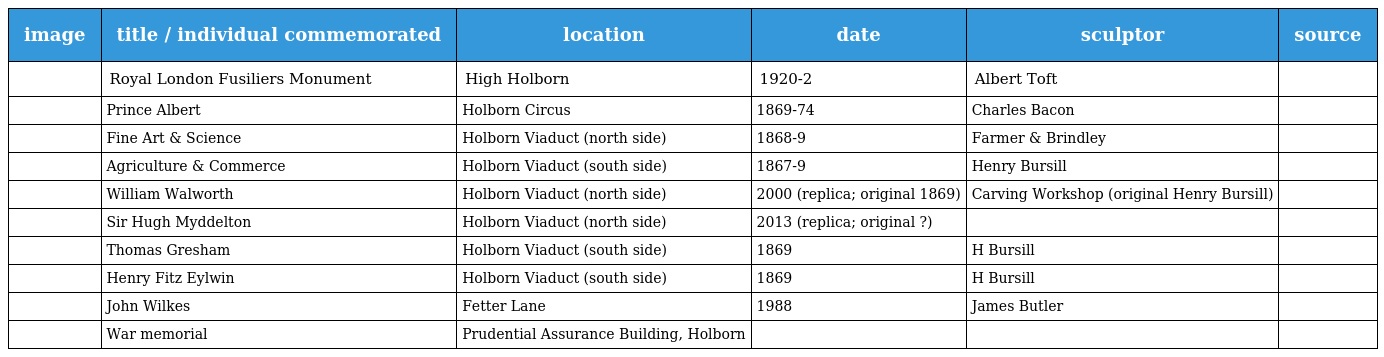
| image | title / individual commemorated | location | date | sculptor | source |
 | --- | --- | --- | --- | --- | --- |
 |  | Royal London Fusiliers Monument | High Holborn | 1920-2 | Albert Toft |  |
 |  | Prince Albert | Holborn Circus | 1869-74 | Charles Bacon |  |
 |  | Fine Art & Science | Holborn Viaduct (north side) | 1868-9 | Farmer & Brindley |  |
 |  | Agriculture & Commerce | Holborn Viaduct (south side) | 1867-9 | Henry Bursill |  |
 |  | William Walworth | Holborn Viaduct (north side) | 2000 (replica; original 1869) | Carving Workshop (original Henry Bursill) |  |
 |  | Sir Hugh Myddelton | Holborn Viaduct (north side) | 2013 (replica; original ?) |  |  |
 |  | Thomas Gresham | Holborn Viaduct (south side) | 1869 | H Bursill |  |
 |  | Henry Fitz Eylwin | Holborn Viaduct (south side) | 1869 | H Bursill |  |
 |  | John Wilkes | Fetter Lane | 1988 | James Butler |  |
 |  | War memorial | Prudential Assurance Building, Holborn |  |  |  |